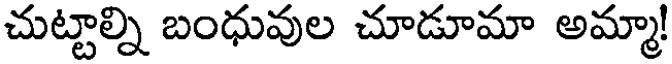
చుట్టాల్ని బంధువుల చూడూమా అమ్మా!